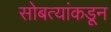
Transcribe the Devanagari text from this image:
सोबत्यांकडून